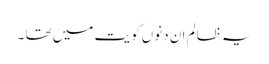
یہ ظالم ان دنوں کویت میں تھا ۔